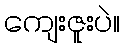
ကျေးဇူးပဲ။